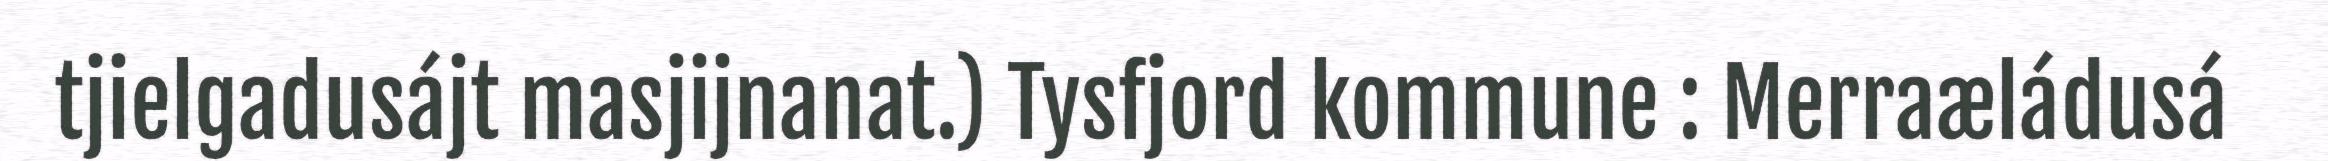
tjielgadusájt masjijnanat.) Tysfjord kommune : Merraæládusá